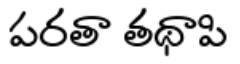
పరతా తథాపి